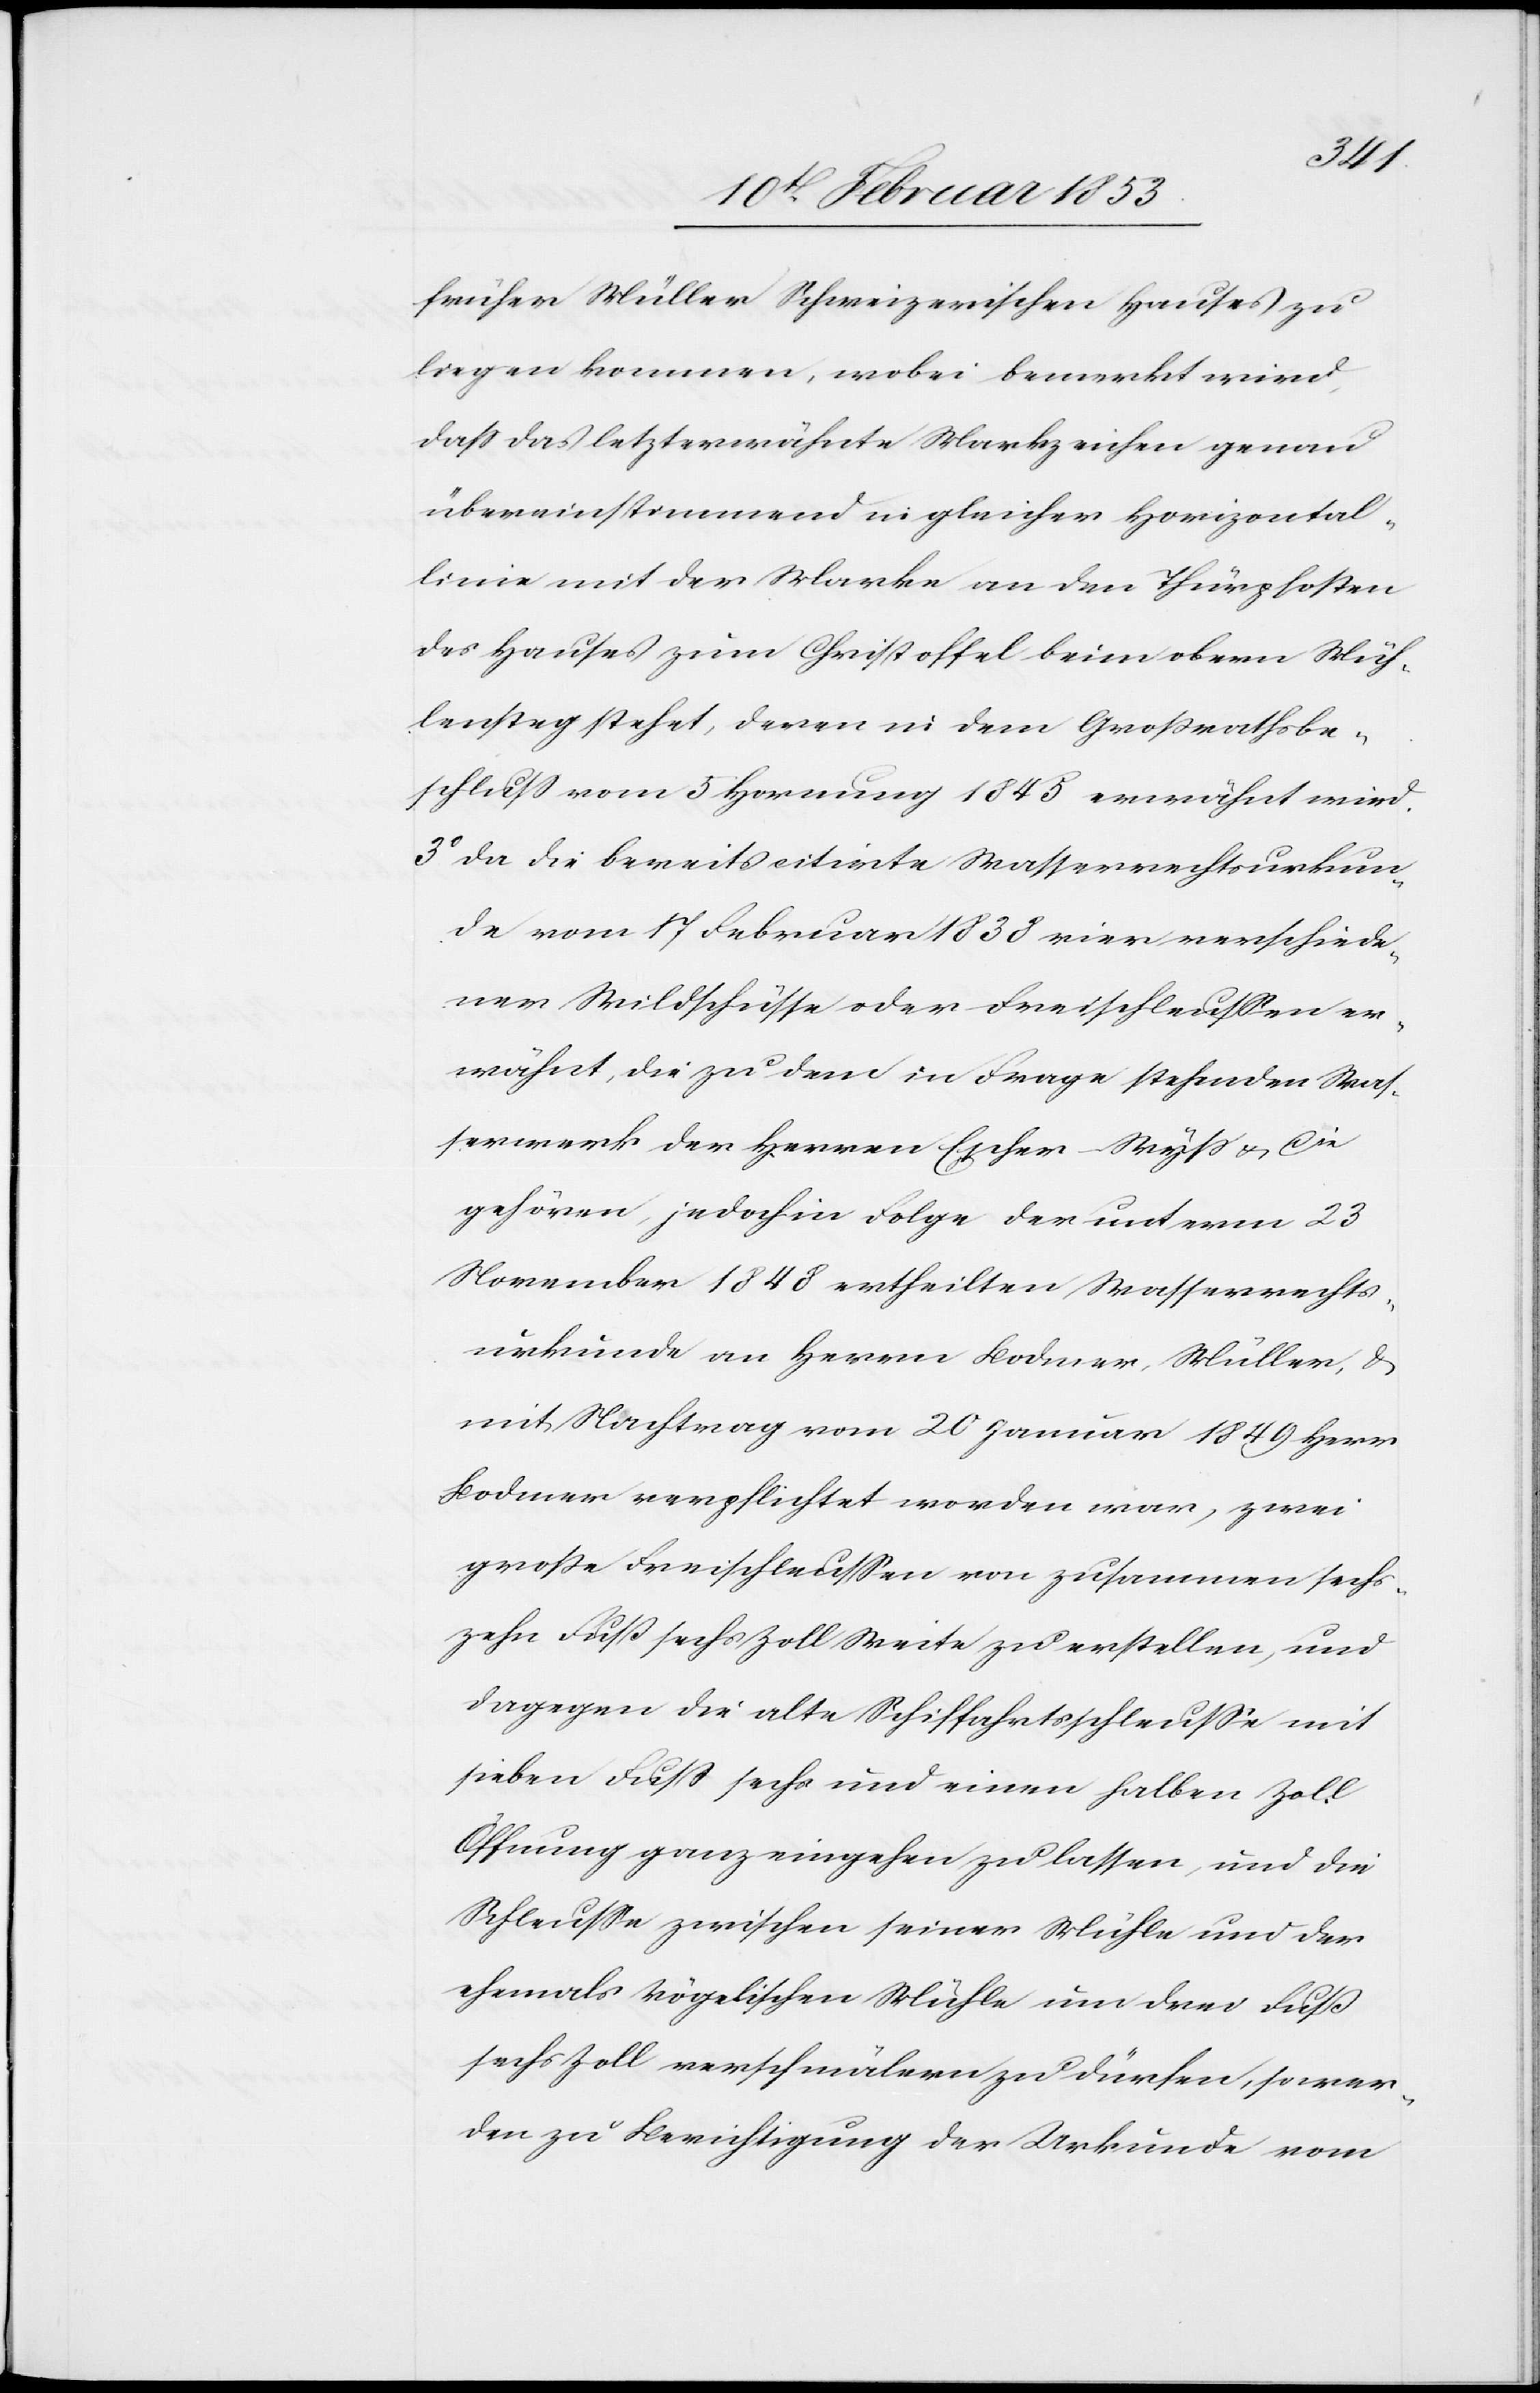
ner
früher Müller Schweizerischen Hauses zu
liegen kommen, wobei bemerkt wird,
daß das letzterwähnte Marchzeichen genau
übereinstimmend in gleicher Horizontal¬
linie mit der Marche an den Thürpfosten
des Hauses zum Christoffel beim obern Müh¬
lensteg stehet, deren in dem Großrathsbe¬
schluß vom 5 Hornung 1845 erwähnt wird.
3° da die bereits citirte Wasserrechtsurkun¬
de vom 17 Februar 1838 vier verschiede¬
Wildschlüsse oder Freischleußen er¬
wähnt, die zu dem in Frage stehenden Was¬
serwerk der Herren Escher-Wyß u. Cie
gehören, jedoch in Folge der unterm 23
November 1848 ertheilten Wasserrechts¬
urkunde an Herren Bodmer-Müller, u.
mit Nachtrag vom 20 Januar 1849 Herr
Bodmer verpflichtet worden war, zwei
große Freischleußen von zusammen sechs¬
zehn Fuß sechs Zoll Weite zu erstellen, und
dagegen die alte Schiffahrtsschleuße mit
sieben Fuß sechs und einen halben Zoll
Öffnung ganz eingehen zu lassen, und die
Schleuße zwischen seiner Mühle und der
ehemals vögelischen Mühle um drei Fuß
sechs Zoll verschmälern zu dürfen, so wer¬
den zu Berichtigung der Urkunde vom